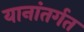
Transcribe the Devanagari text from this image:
यानांतर्गत